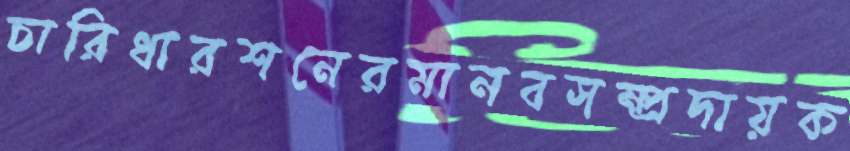
চারিধারশনেরমানবসম্প্রদায়ক